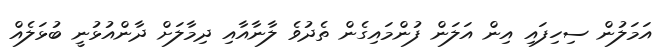
އަމަލުން ސިހިފައި އިން އަލަން ފުންމައިގެން ތެދުވެ ލާނާއާއި ދިމާލަށް ދާންއުޅުނީ ބުޅަލެއް